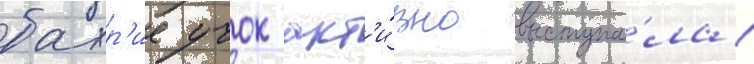
бахр'ие учок акт'и́вно выступа́ла